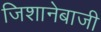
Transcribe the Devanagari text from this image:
जिशानेबाजी